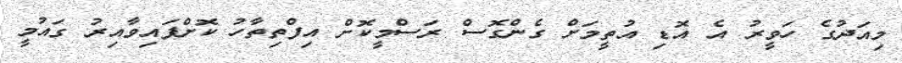
މިއަދުގެ ހަވީރު އެ އޮޑި އުތީމަށް ގެންގޮސް ރަސްމީކޮށް އިފްތިތާހު ކޮށްފައިވާއިރު ގައުމީ